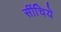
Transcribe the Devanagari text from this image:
सींचिये